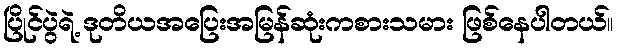
ပြိုင်ပွဲရဲ့ ဒုတိယအပြေးအမြန်ဆုံးကစားသမား ဖြစ်နေပါတယ်။